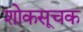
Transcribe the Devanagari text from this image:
शोकसूचक